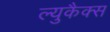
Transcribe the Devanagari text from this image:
ल्युकैक्स